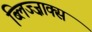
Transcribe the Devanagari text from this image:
ब्लिज्ज़ाक्स